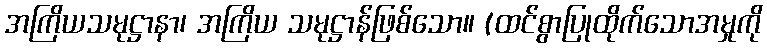
အကြိယသမုဋ္ဌာနာ၊ အကြိယ သမုဋ္ဌာန်ဖြစ်သော။ (ထင်စွာပြုထိုက်သောအမှုကို